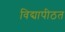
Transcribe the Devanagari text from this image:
विद्यापीठत